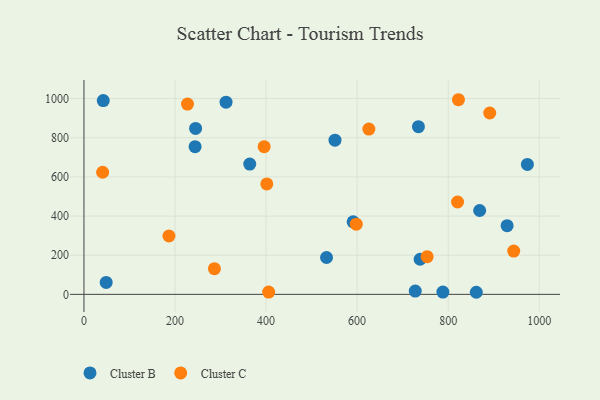
{"axis": {"x": "Ad Spend", "y": "Rating"}, "legend": ["Cluster B", "Cluster C"], "data": [{"x": "244.1", "y": 754.4, "type": "Cluster B"}, {"x": "532.8", "y": 188.2, "type": "Cluster B"}, {"x": "727.7", "y": 16.8, "type": "Cluster B"}, {"x": "364.2", "y": 665.5, "type": "Cluster B"}, {"x": "974.0", "y": 663.6, "type": "Cluster B"}, {"x": "48.8", "y": 61.1, "type": "Cluster B"}, {"x": "42.4", "y": 989.9, "type": "Cluster B"}, {"x": "861.8", "y": 10.6, "type": "Cluster B"}, {"x": "245.2", "y": 847.7, "type": "Cluster B"}, {"x": "929.5", "y": 351.0, "type": "Cluster B"}, {"x": "738.4", "y": 179.2, "type": "Cluster B"}, {"x": "551.4", "y": 787.7, "type": "Cluster B"}, {"x": "788.4", "y": 11.7, "type": "Cluster B"}, {"x": "734.7", "y": 856.6, "type": "Cluster B"}, {"x": "591.3", "y": 370.5, "type": "Cluster B"}, {"x": "312.1", "y": 981.6, "type": "Cluster B"}, {"x": "869.2", "y": 428.2, "type": "Cluster B"}, {"x": "625.8", "y": 844.3, "type": "Cluster C"}, {"x": "401.6", "y": 564.0, "type": "Cluster C"}, {"x": "405.7", "y": 11.6, "type": "Cluster C"}, {"x": "41.0", "y": 623.7, "type": "Cluster C"}, {"x": "822.6", "y": 994.1, "type": "Cluster C"}, {"x": "286.6", "y": 131.3, "type": "Cluster C"}, {"x": "820.7", "y": 471.8, "type": "Cluster C"}, {"x": "598.1", "y": 358.3, "type": "Cluster C"}, {"x": "395.8", "y": 754.3, "type": "Cluster C"}, {"x": "186.7", "y": 298.0, "type": "Cluster C"}, {"x": "891.3", "y": 926.4, "type": "Cluster C"}, {"x": "227.4", "y": 971.7, "type": "Cluster C"}, {"x": "753.8", "y": 192.5, "type": "Cluster C"}, {"x": "944.0", "y": 221.1, "type": "Cluster C"}]}